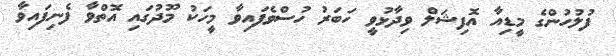
ފުލުހުންގެ މީީޑިއާ އޮފިޝަލް ވިދާޅުވީ ހަބަރު ހުސްވެފައިވާ މީހަކު މޫދުގައި އޮތްވާ ފެނިފައިވާ